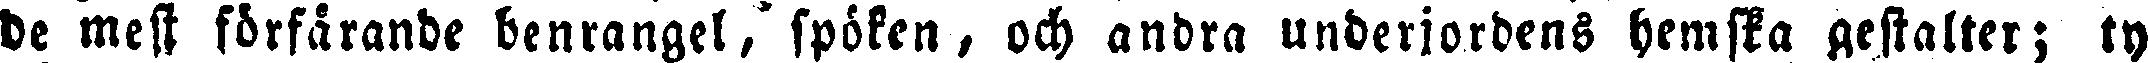
de mest förfärande benrangel,'spöken, och andra underjordens hemska gestalter; ty